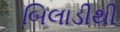
બિલાડીથી